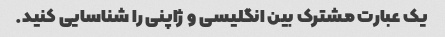
یک عبارت مشترک بین انگلیسی و ژاپنی را شناسایی کنید.